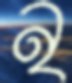
নৃ